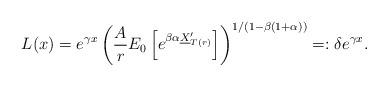
LaTeX: \begin{align*}L(x)=e^{\gamma x}\left(\frac{A}{r}E_0\left[e^{\beta\alpha \underline{X}'_{T(r)}} \right] \right)^{1/(1-\beta(1+\alpha))}=: \delta e^{\gamma x}. \end{align*}